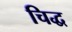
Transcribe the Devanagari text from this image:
चिद्ध